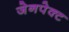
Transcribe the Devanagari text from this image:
जेनपेक्ट